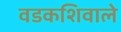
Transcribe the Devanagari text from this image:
वडकशिवाले